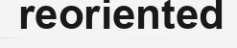
reoriented